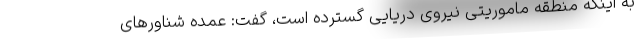
به اینکه منطقه ماموریتی نیروی دریایی گسترده است، گفت: عمده شناورهای